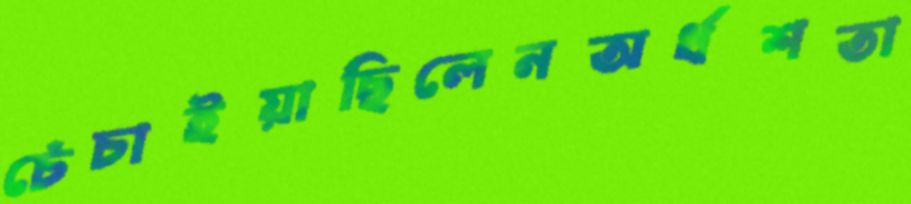
চেঁচাইয়াছিলেনঅর্ধশতা